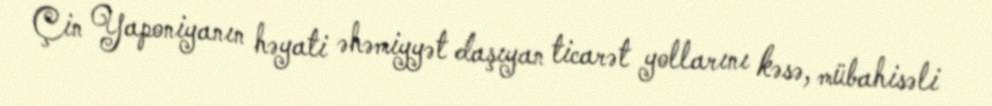
Çin Yaponiyanın həyati əhəmiyyət daşıyan ticarət yollarını kəsə, mübahisəli